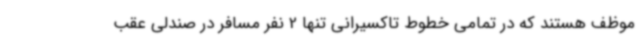
موظف هستند که در تمامی خطوط تاکسیرانی تنها 2 نفر مسافر در صندلی عقب